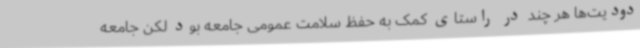
دودیت‌ها هر چند در راستای کمک به حفظ سلامت عمومی جامعه بود لکن جامعه